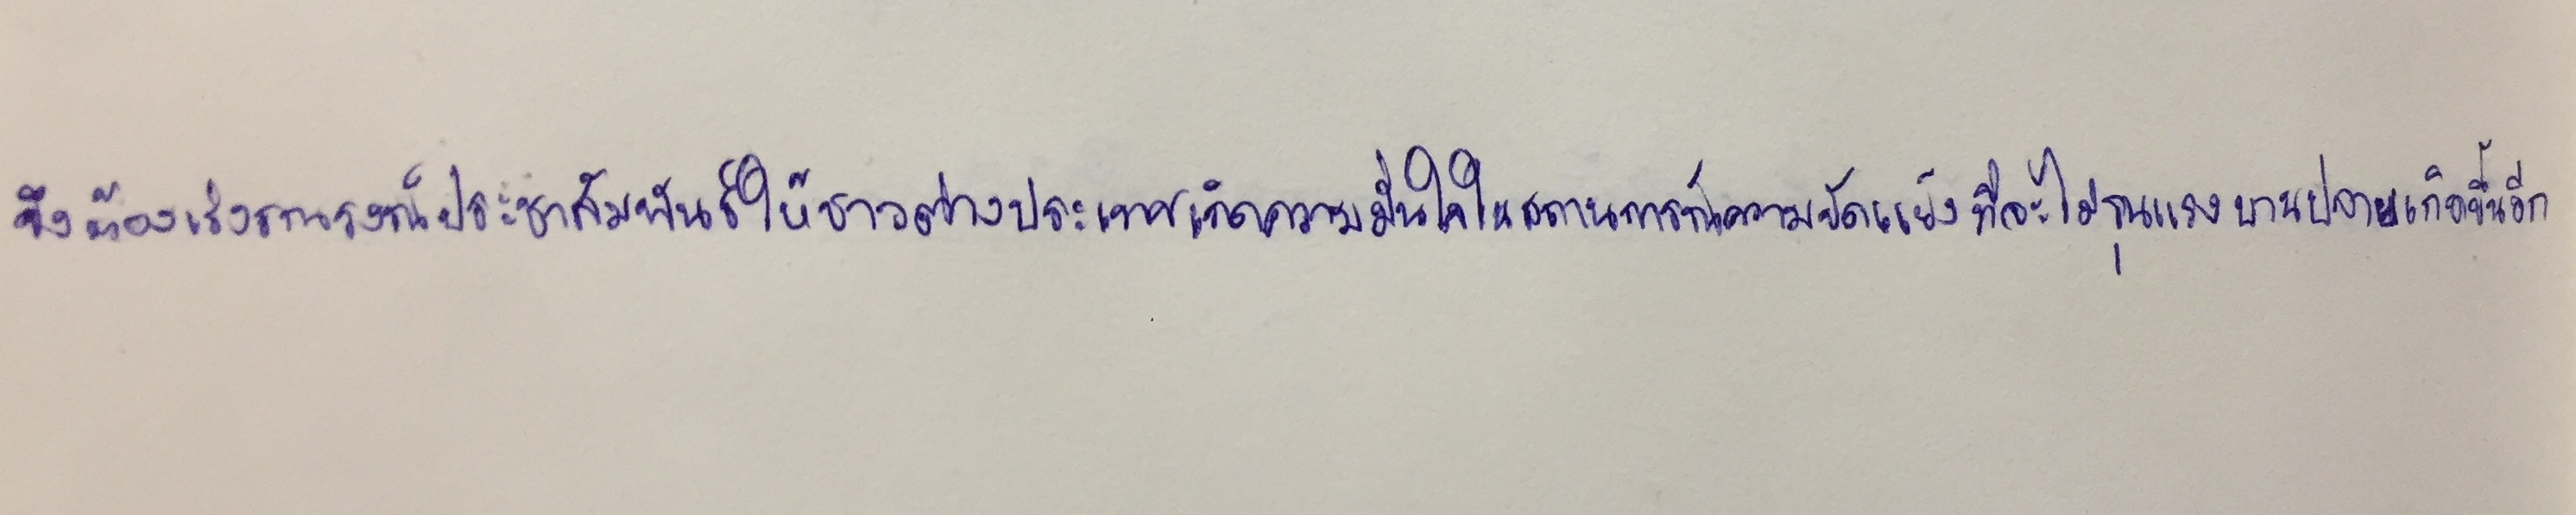
จึงต้องเร่งรณรงค์ประชาสัมพันธ์ให้ชาวต่างประเทศเกิดความมั่นใจในสถานการณ์ความขัดแย้งที่จะไม่รุนแรงบานปลายเกิดขึ้นอีก